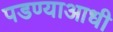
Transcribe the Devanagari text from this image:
पडण्याआधी